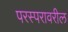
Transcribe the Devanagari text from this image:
परस्परावरील